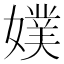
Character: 𡡐